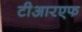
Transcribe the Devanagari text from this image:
टीआरएफ